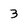
Character: 3